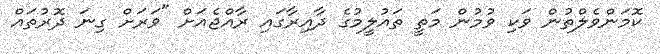
ކޮމަންވެލްތުން ވަކި ވުމުން މަތީ ތައުލީމުގެ ދާއިރާގައި ރާއްޖެއަށް "ވަރަށް ގިނަ ދޮރުތައް